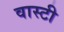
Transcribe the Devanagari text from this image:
वास्टी